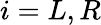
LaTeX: i=L,R